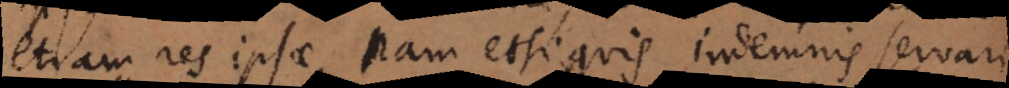
etiam res ipsae, nam etsi quis indemnis servari